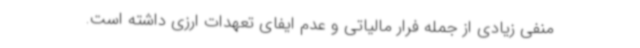
منفی زیادی از جمله فرار مالیاتی و عدم ایفای تعهدات ارزی داشته است.